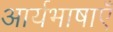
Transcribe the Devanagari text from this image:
आर्यभाषाएँ